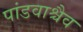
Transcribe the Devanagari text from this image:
पांडवाश्चैव